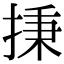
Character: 㨀